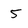
Character: 5